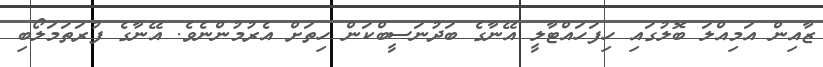
ޒާއިން އަމިއްލަ ބޮލުގައި ހިފަހައްޓާލީ އޭނާގެ ބަދުނަސީބްކަން ހިތަށް އެރުމުންނެވެ. އޭނާގެ ފުރަތަމަލޯބި